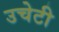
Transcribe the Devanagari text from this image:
उचेटी